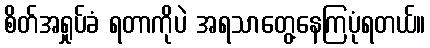
စိတ်အရှုပ်ခံ ရတာကိုပဲ အရသာတွေ့နေကြပုံရတယ်။